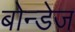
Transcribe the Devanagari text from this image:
बोन्डेज